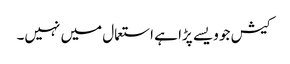
کیش جو ویسے پڑا ہے استعمال میں نہیں۔